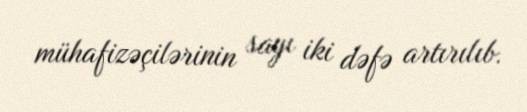
mühafizəçilərinin sayı iki dəfə artırılıb.